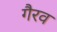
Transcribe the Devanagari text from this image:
गैरव